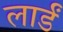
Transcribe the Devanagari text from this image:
लार्डं